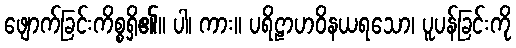
ဖျောက်ခြင်းကိစ္စရှိ၏။ ပါ၊ ကား။ ပရိဠာဟဝိနယရသော၊ ပူပန်ခြင်းကို